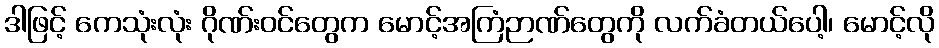
ဒါဖြင့် ကေသုံးလုံး ဂိုဏ်းဝင်တွေက မောင့်အကြံဉာဏ်တွေကို လက်ခံတယ်ပေါ့၊ မောင့်လို